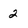
Character: 2